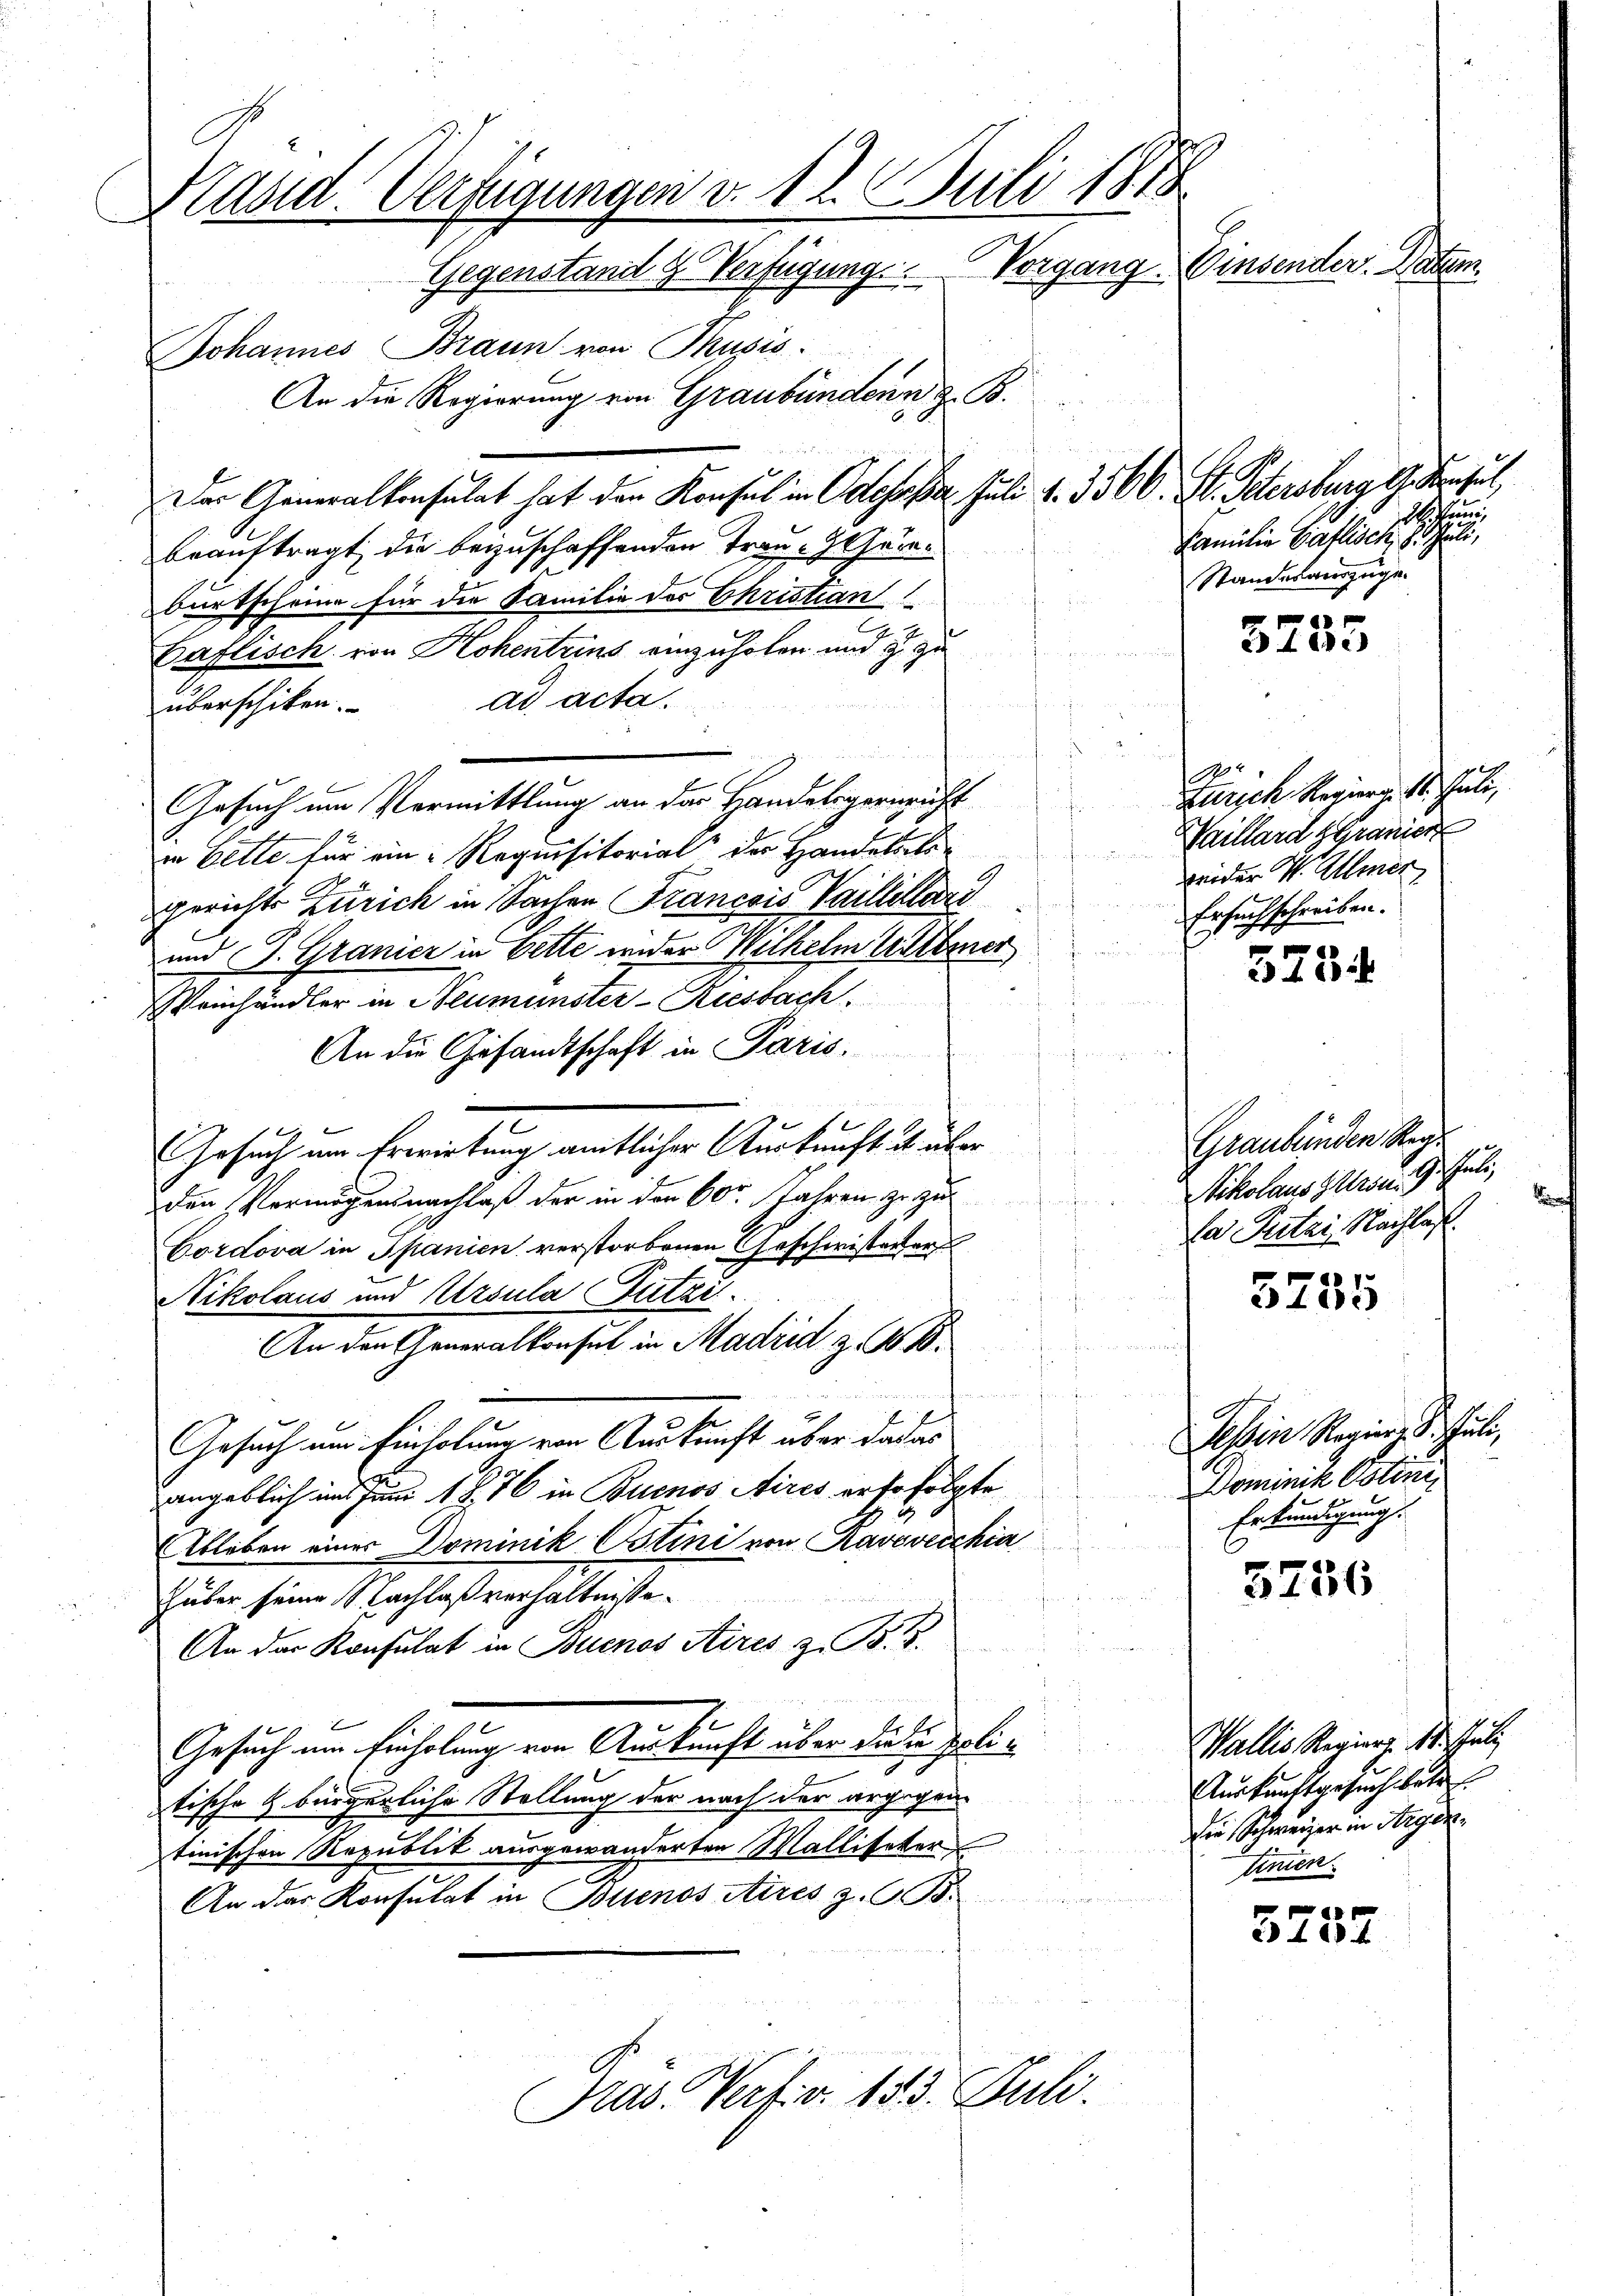
Kasid: Verfügungen v. 12. Juli 1878
Vinsenden Paten
Gegenstand & Verfügung. Vorgang.
Johannes Braun von Thusis.
An die Regierung von Graubündenn z. B.
Der Generalkonsulat hat den Konsul in Odesssa. Juli d. 3500. St. Petersburg Greut,
2. Juni,
Familie Gaflisch, d. Juli,
beauftragt die bezuschaffenden Trau Hein¬

i
burtscheine für die Familie des Christian
2
Gaflisch von Hohentrins einzuholen und zu zu
ad acta.
überschiken.
i
s
reien dem Hau
Gesuch um Vermittlung an der Handelsgereicht
i
¬
in Bette für ein Requisitorial der Handelte
gerichts Zürich in Sachen Francois Paillellard
und (T. Granier in Bette wieder Wilhelm Erbener
.
einhändler in Neumünster-Riesbach
g
An die Gesandtschaft in Paris,
Gesuch um Erwirkung amtlicher Auskunft u. über
den Vermögensnachlaß der in der 60 Jahren zu zu
.
Cordova in Spanien verstorbenen Geschwisterter
Nikolaus und Ursula Putzi
f
f
f
An den Generalkonsul in Madrid z. B.
4 x 2

Gesuch um Einholung von Auskunft über da das
angeblich und Juni 1876 in Buenos Aires er so folgte
Ableben eines Dominik Ostini von Ravovecchia
Huber seine Nachlaß verhältnisse.
An der Konsulat in Buenos Aires z. B. 5.
Gesuch am Einholung von Auskunft über die politische Z. bürgerliche Stellung der nach der argegen
tinischen Republik ausgewanderten Walliseter
An das Konsulat in Buenos Aires z. B.

Tras Verf. v. 155. Juli.

Standesauszuge

3755

1
Zürich Regierige St. Gute
aillard Granier
weider V. Urner
Ersuchschreiben.

325.

Graubünden Reg.
Nikolaus Gron. 9. Juli,
sa Tutai, Nachlas

3235

Tessin Regien 8. Jul
Dominik Votini
Erkundigung.

5256

5737

t

Wallis Regieng. S. Schuli
Auskunftgesuchtete
Die Schweizer in Segen
Einen.